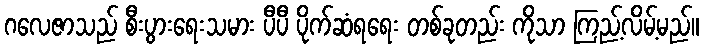
ဂလေဇာသည် စီးပွားရေးသမား ပီပီ ပိုက်ဆံရရေး တစ်ခုတည်း ကိုသာ ကြည့်လိမ့်မည်။